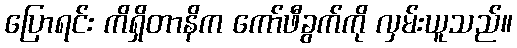
ပြောရင်း ကိရှိတာနိက ကော်ဖီခွက်ကို လှမ်းယူသည်။